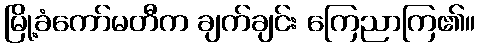
မြို့ခံကော်မတီက ချက်ချင်း ကြေညာကြ၏။